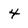
Character: 4